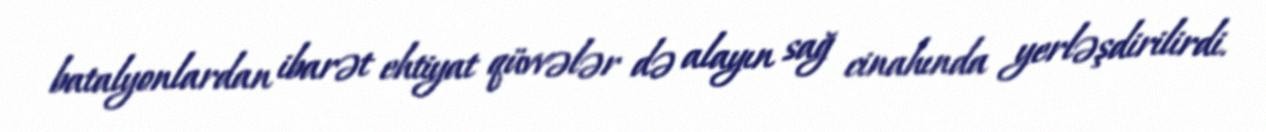
batalyonlardan ibarət ehtiyat qüvvələr də alayın sağ cinahında yerləşdirilirdi.